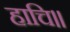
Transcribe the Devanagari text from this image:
हाचि॥